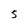
Character: S